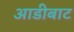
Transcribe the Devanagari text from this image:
आडीबाट